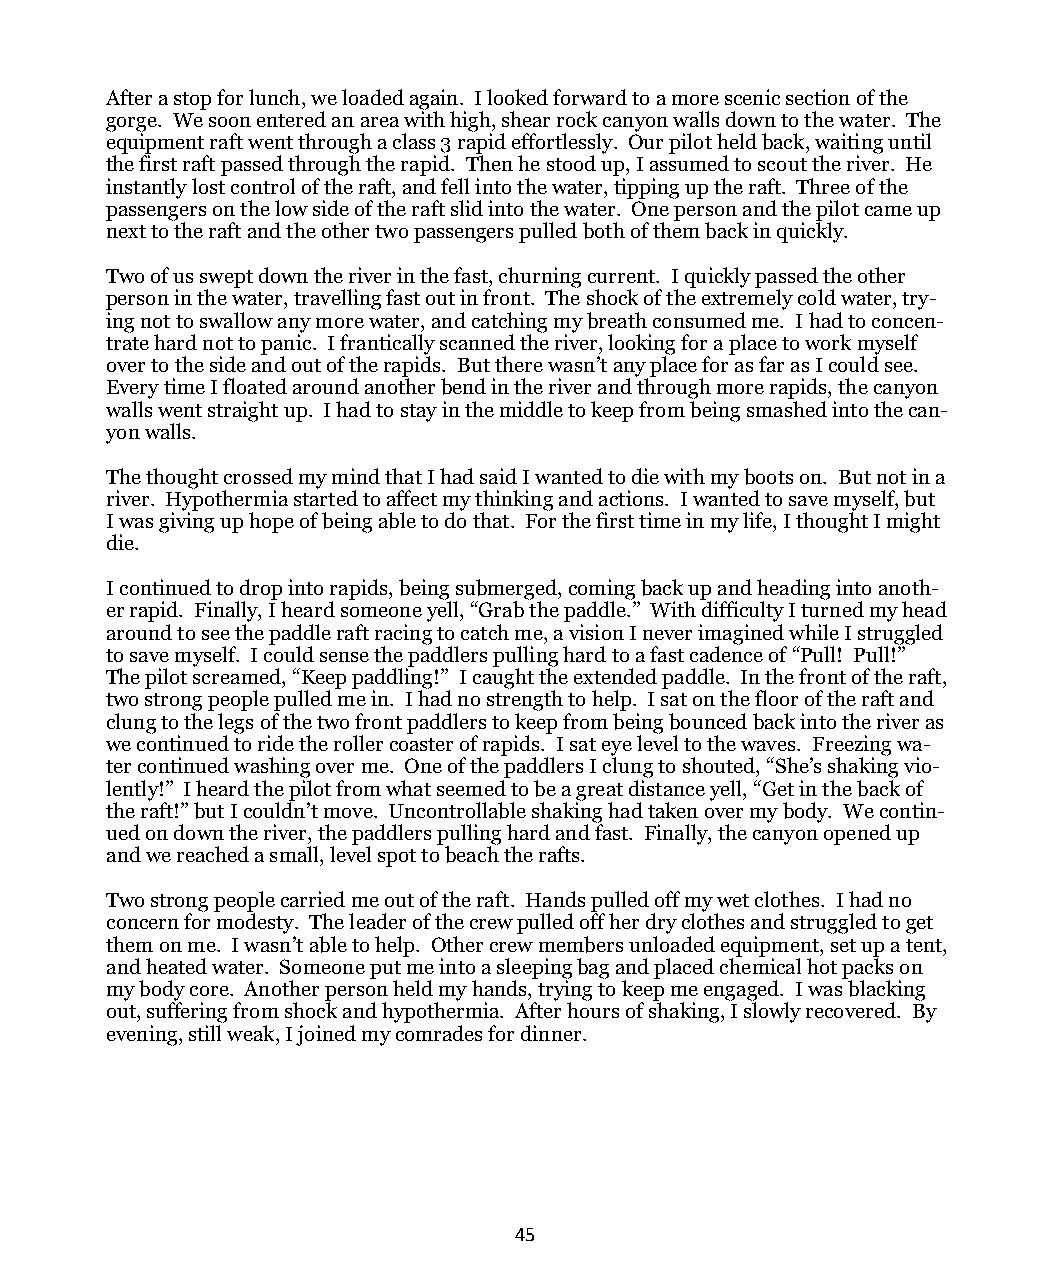
After a stop for lunch, we loaded again. I looked forward to a more scenic section of the
 gorge. We soon entered an area with high, shear rock canyon walls down to the water. The
 equipment raft went through a class 3 rapid effortlessly. Our pilot held back, waiting until
 the first raft passed through the rapid. Then he stood up, I assumed to scout the river. He
 instantly lost control of the raft, and fell into the water, tipping up the raft. Three of the
 passengers on the low side of the raft slid into the water. One person and the pilot came up
 next to the raft and the other two passengers pulled both of them back in quickly.
 Two of us swept down the river in the fast, churning current. I quickly passed the other
 person in the water, travelling fast out in front. The shock of the extremely cold water, try-
 ing not to swallow any more water, and catching my breath consumed me. I had to concen-
 trate hard not to panic. I frantically scanned the river, looking for a place to work myself
 over to the side and out of the rapids. But there wasn’t any place for as far as I could see.
 Every time I floated around another bend in the river and through more rapids, the canyon
 walls went straight up. I had to stay in the middle to keep from being smashed into the can-
 yon walls.
 The thought crossed my mind that I had said I wanted to die with my boots on. But not in a
 river. Hypothermia started to affect my thinking and actions. I wanted to save myself, but
 I was giving up hope of being able to do that. For the first time in my life, I thought I might
 die.
 I continued to drop into rapids, being submerged, coming back up and heading into anoth-
 er rapid. Finally, I heard someone yell, “Grab the paddle.” With difficulty I turned my head
 around to see the paddle raft racing to catch me, a vision I never imagined while I struggled
 to save myself. I could sense the paddlers pulling hard to a fast cadence of “Pull! Pull!”
 The pilot screamed, “Keep paddling!” I caught the extended paddle. In the front of the raft,
 two strong people pulled me in. I had no strength to help. I sat on the floor of the raft and
 clung to the legs of the two front paddlers to keep from being bounced back into the river as
 we continued to ride the roller coaster of rapids. I sat eye level to the waves. Freezing wa-
 ter continued washing over me. One of the paddlers I clung to shouted, “She’s shaking vio-
 lently!” I heard the pilot from what seemed to be a great distance yell, “Get in the back of
 the raft!” but I couldn’t move. Uncontrollable shaking had taken over my body. We contin-
 ued on down the river, the paddlers pulling hard and fast. Finally, the canyon opened up
 and we reached a small, level spot to beach the rafts.
 Two strong people carried me out of the raft. Hands pulled off my wet clothes. I had no
 concern for modesty. The leader of the crew pulled off her dry clothes and struggled to get
 them on me. I wasn’t able to help. Other crew members unloaded equipment, set up a tent,
 and heated water. Someone put me into a sleeping bag and placed chemical hot packs on
 my body core. Another person held my hands, trying to keep me engaged. I was blacking
 out, suffering from shock and hypothermia. After hours of shaking, I slowly recovered. By
 evening, still weak, I joined my comrades for dinner.
 45